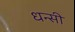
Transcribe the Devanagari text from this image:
धन्सी